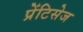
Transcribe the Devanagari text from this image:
प्रेंटिसेज